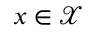
x \in \mathcal X